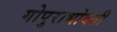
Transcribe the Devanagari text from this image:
गोपुराभोवती